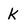
Character: k